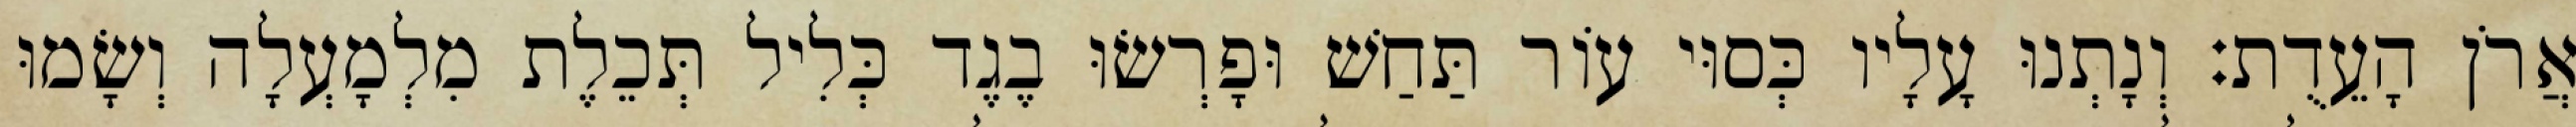
אֲרֹן הָעֵדֻת׃ וְנָתְנוּ עָלָיו כְּסוּי עוֹר תַּחַשׁ וּפָרְשׂוּ בֶגֶד כְּלִיל תְּכֵלֶת מִלְמָעְלָה וְשָׂמוּ